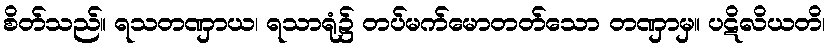
စိတ်သည်။ ရသတဏှာယ၊ ရသာရုံ၌ တပ်မက်မောတတ်သော တဏှာမှ။ ပဋိလိယတိ၊